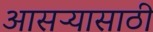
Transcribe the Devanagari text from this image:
आसऱ्यासाठी